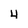
Character: 4